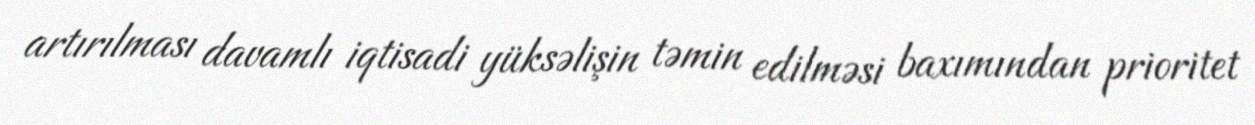
artırılması davamlı iqtisadi yüksəlişin təmin edilməsi baxımından prioritet